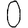
Digit: 0